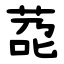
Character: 莻